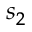
s _ { 2 }